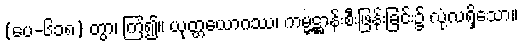
(ပေ-၆၁၈) တွာ၊ ကြံ၍။ ယုတ္တယောဂဿ၊ ကမ္မဋ္ဌာန်းစီးဖြန်းခြင်း၌ လုံ့လရှိသော။